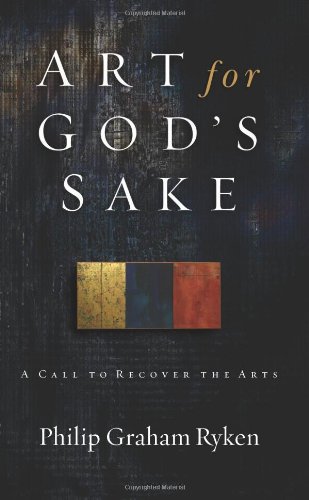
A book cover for Art for God's Sake: A Call to Recover the Arts; Philip Graham Ryken; Arts & Photography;